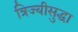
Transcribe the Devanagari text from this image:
त्रिज्यीसुद्धा